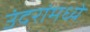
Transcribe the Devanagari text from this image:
उंदरांमध्ये